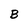
Character: B